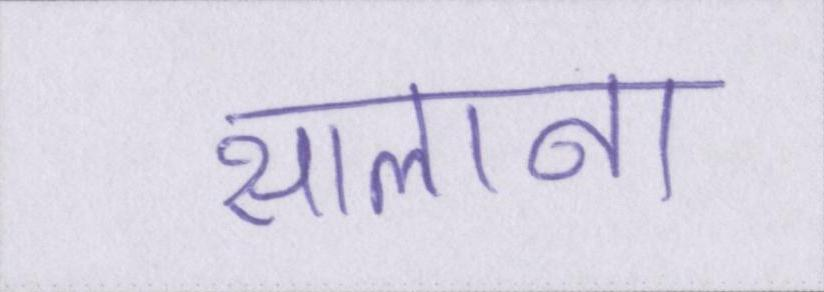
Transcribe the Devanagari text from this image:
सालाना